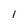
Character: 1